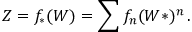
Z = f _ { \ast } ( W ) = \sum f _ { n } ( W \ast ) ^ { n } \, .